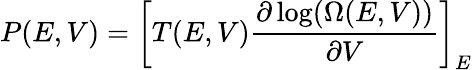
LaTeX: P(E,V)=\left[T(E,V)\frac{\partial\log(\Omega(E,V))}{\partial V}\right]_{E}